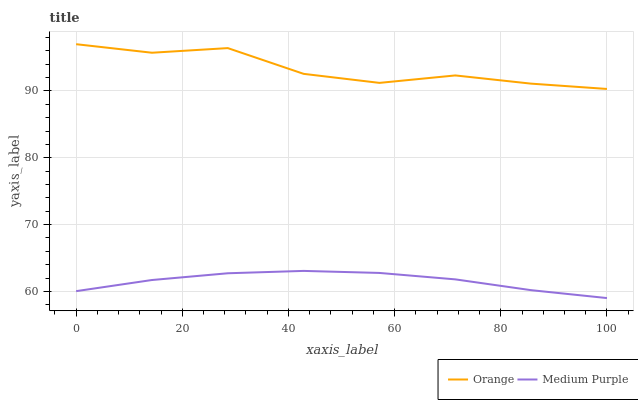
| xaxis_label | Orange | Medium Purple |
 | --- | --- | --- |
 | 0 | 97 | 60 |
 | 14.3 | 95.7 | 61.7 |
 | 28.6 | 96.4 | 62.7 |
 | 42.9 | 92.6 | 63.1 |
 | 57.1 | 91.2 | 62.8 |
 | 71.4 | 92.3 | 61.8 |
 | 85.7 | 91.1 | 60.2 |
 | 100 | 90.3 | 59 |